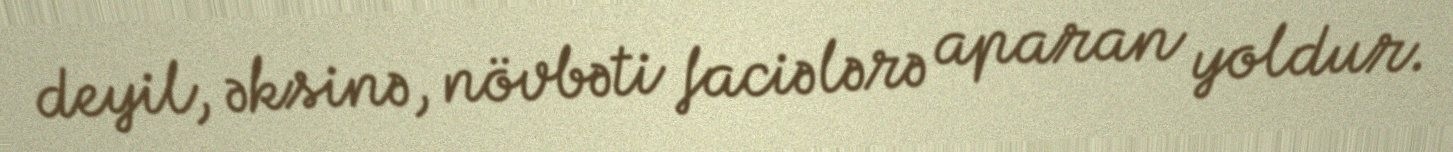
deyil, əksinə, növbəti faciələrə aparan yoldur.